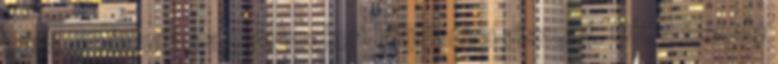
párbeszéd után a gyermekeit látjuk újra viszont. Oh, micsoda